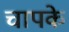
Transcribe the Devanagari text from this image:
चापके